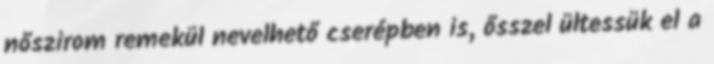
nőszirom remekül nevelhető cserépben is, ősszel ültessük el a